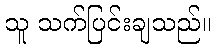
သူ သက်ပြင်းချသည်။